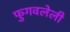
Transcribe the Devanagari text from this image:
फुगवलेली